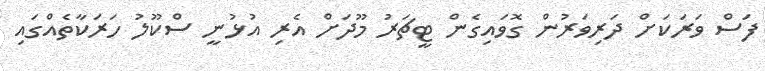
ފަސް ވަރަކަށް ދަރިވަރުން ގޮވައިގެން ޓީޗަރު މޫދަށް އެރި އުޅުނީ ސްކޫލު ހަރަކާތެއްގައި